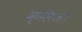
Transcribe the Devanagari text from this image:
क्सिंजो